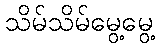
သိမ်သိမ်မွေ့မွေ့